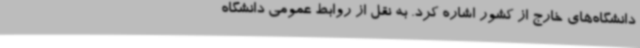
دانشگاه‌های خارج از کشور اشاره کرد. به نقل از روابط عمومی دانشگاه